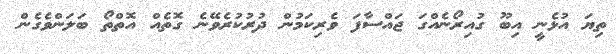
ތިޔަ އުޅެނީ އިބޫ ގުއިރޯނެއްގަ ޖައްސާފަ ވެރިކަމުން ދުރުކުރެވޭނެ ގޮތެއް އޮތްތޯ ބަލަންވެގެން